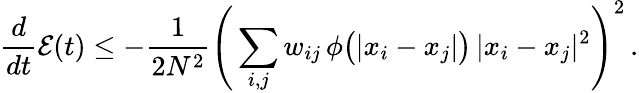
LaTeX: \frac{d}{dt}\mathcal{E}(t)\leq-\frac{1}{2N^{2}}\Bigg(\sum_{i,j}w_{ij}\, \phi\big(|x_{i}-x_{j}|\big)\, |x_{i}-x_{j}|^{2}\Bigg)^{2}\, .